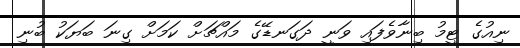
ނިއުގެ ޓީމު ބިނާވެފައި ވަނީ ދަގަނޑޭގެ މައްޗަށް ކަމަށް ގިނަ ބަޔަކު ބުނި